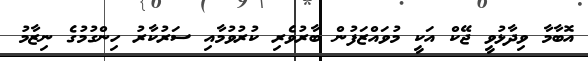
އޮބާމާ ވިދާޅުވީ ޖޭކް އަކީ މުވައްޒަފުން ބާރުވެރި ކުރުވުމާއި ސަރުކާރު ހިންގުމުގެ ނިޒާމު